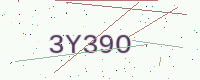
Text: 3Y39O